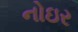
નોઇર